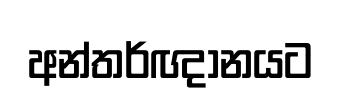
අන්තර්ඥානයට